Leprosy in India: report of the Leprosy Commission in India, 1890-91
Year: 1890
Disease focus: Leprosy
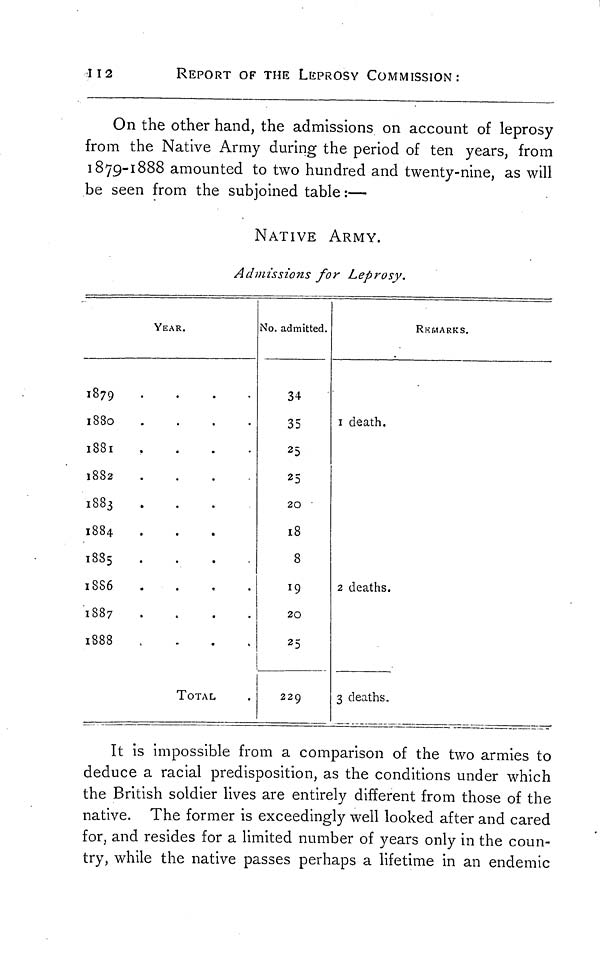
112
REPORT OF THE LEPROSY COMMISSION:
On the other hand, the admissions on account of leprosy
from the Native Army during the period of ten years, from
1879-1888 amounted to two hundred and twenty-nine, as will
be seen from the subjoined table :—
NATIVE ARMY.
Admissions for Leprosy.
YEAR.
1879
....
1880
....
1881
....
1882
....
1883
.
1884
1885
....
1886
1887
.
1888
.
TOTAL
No. admitted.
34
35
25
25
20
18
8
19
20
25
229
RE MARKS.
1 death.
2 deaths.
3 deaths.
It is impossible from a comparison of the two armies to
deduce a racial predisposition, as the conditions under which
the British soldier lives are entirely different from those of the
native. The former is exceedingly well looked after and cared
for, and resides for a limited number of years only in the coun-
try, while the native passes perhaps a lifetime in an endemic